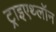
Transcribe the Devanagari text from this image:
ट्राइएथ्लॉन